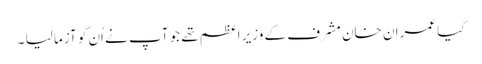
کیا عمران خان مشرف کے وزیرِ اعظم تھے جو آپ نے اُن کو آزما لیا ۔